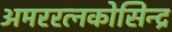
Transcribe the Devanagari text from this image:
अमररत्नकोसिन्द्र